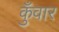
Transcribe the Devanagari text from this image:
कुँवार